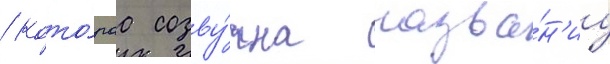
/ кото́раа созву́чна назва́н'иу